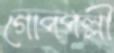
গোপপল্লী